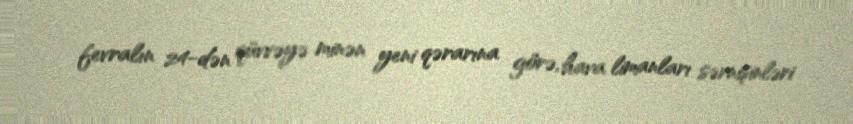
fevralın 24-dən qüvvəyə minən yeni qərarına görə, hava limanları sərnişinləri